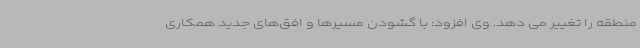
منطقه را تغییر می دهد. وی افزود: با گشودن مسیرها و افق‌های جدید همکاری